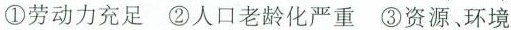
①劳动力充足 ②人口老龄化严重 ③资源、环境